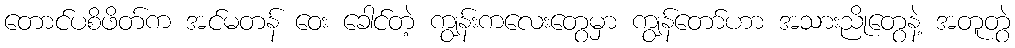
တောင်ပစိဖိတ်က အင်မတန် ဝေး ခေါင်တဲ့ ကျွန်းကလေးတွေမှာ ကျွန်တော်ဟာ အသားညိုတွေနဲ့ အတူတွဲ